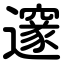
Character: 邃